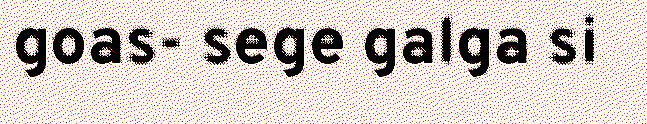
goas- sege galga si